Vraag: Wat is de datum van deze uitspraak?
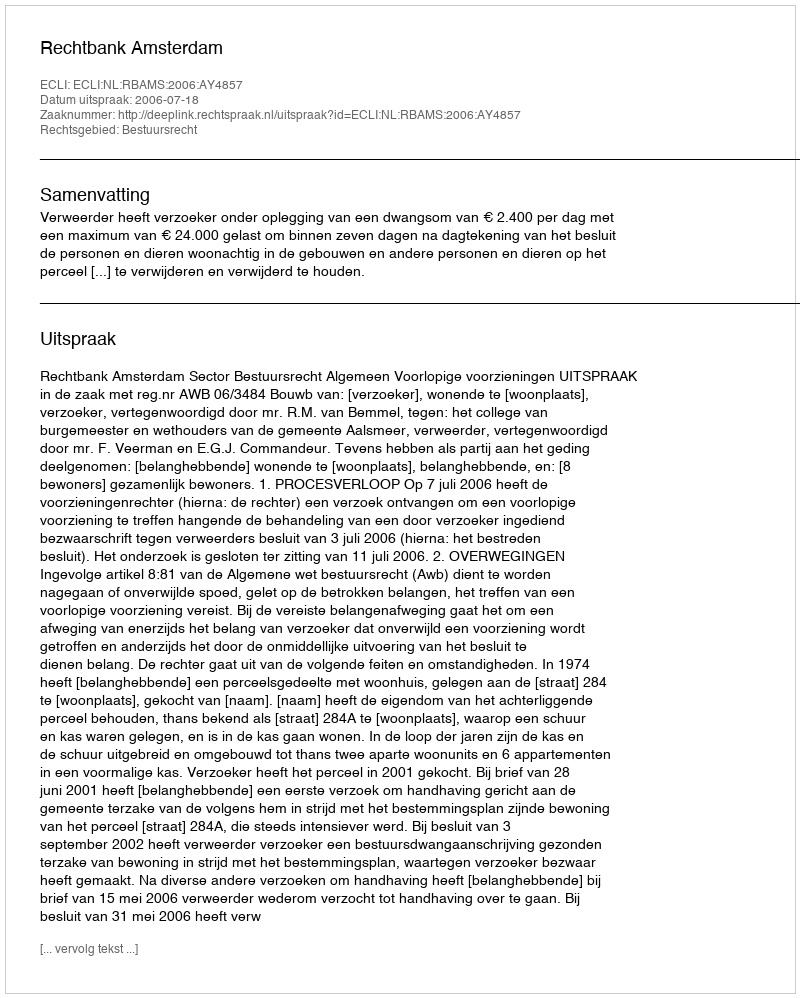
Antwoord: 2006-07-18